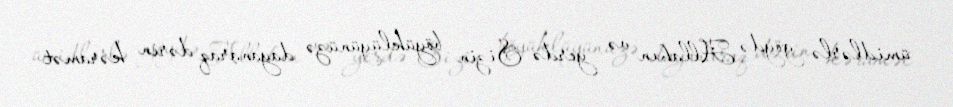
ümidlərlə göydə Allahın və yerdə Sizin böyüklüyünüzə dayanaraq dərin kəramət